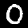
Label: 0